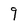
Character: 9